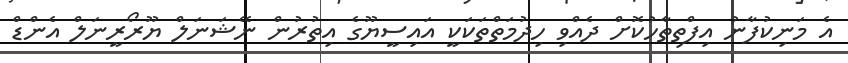
އެ މަނިކުފާނު އިފްތިތާހުކޮށް ދެއްވި ހިދުމަތްތަކަކީ އައިސީޔޫގެ އިތުރުން ނޭޝަނަލް ޔޫރޯރީނަލް އެންޑް